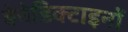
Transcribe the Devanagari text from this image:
बेनेडिक्टाइनों